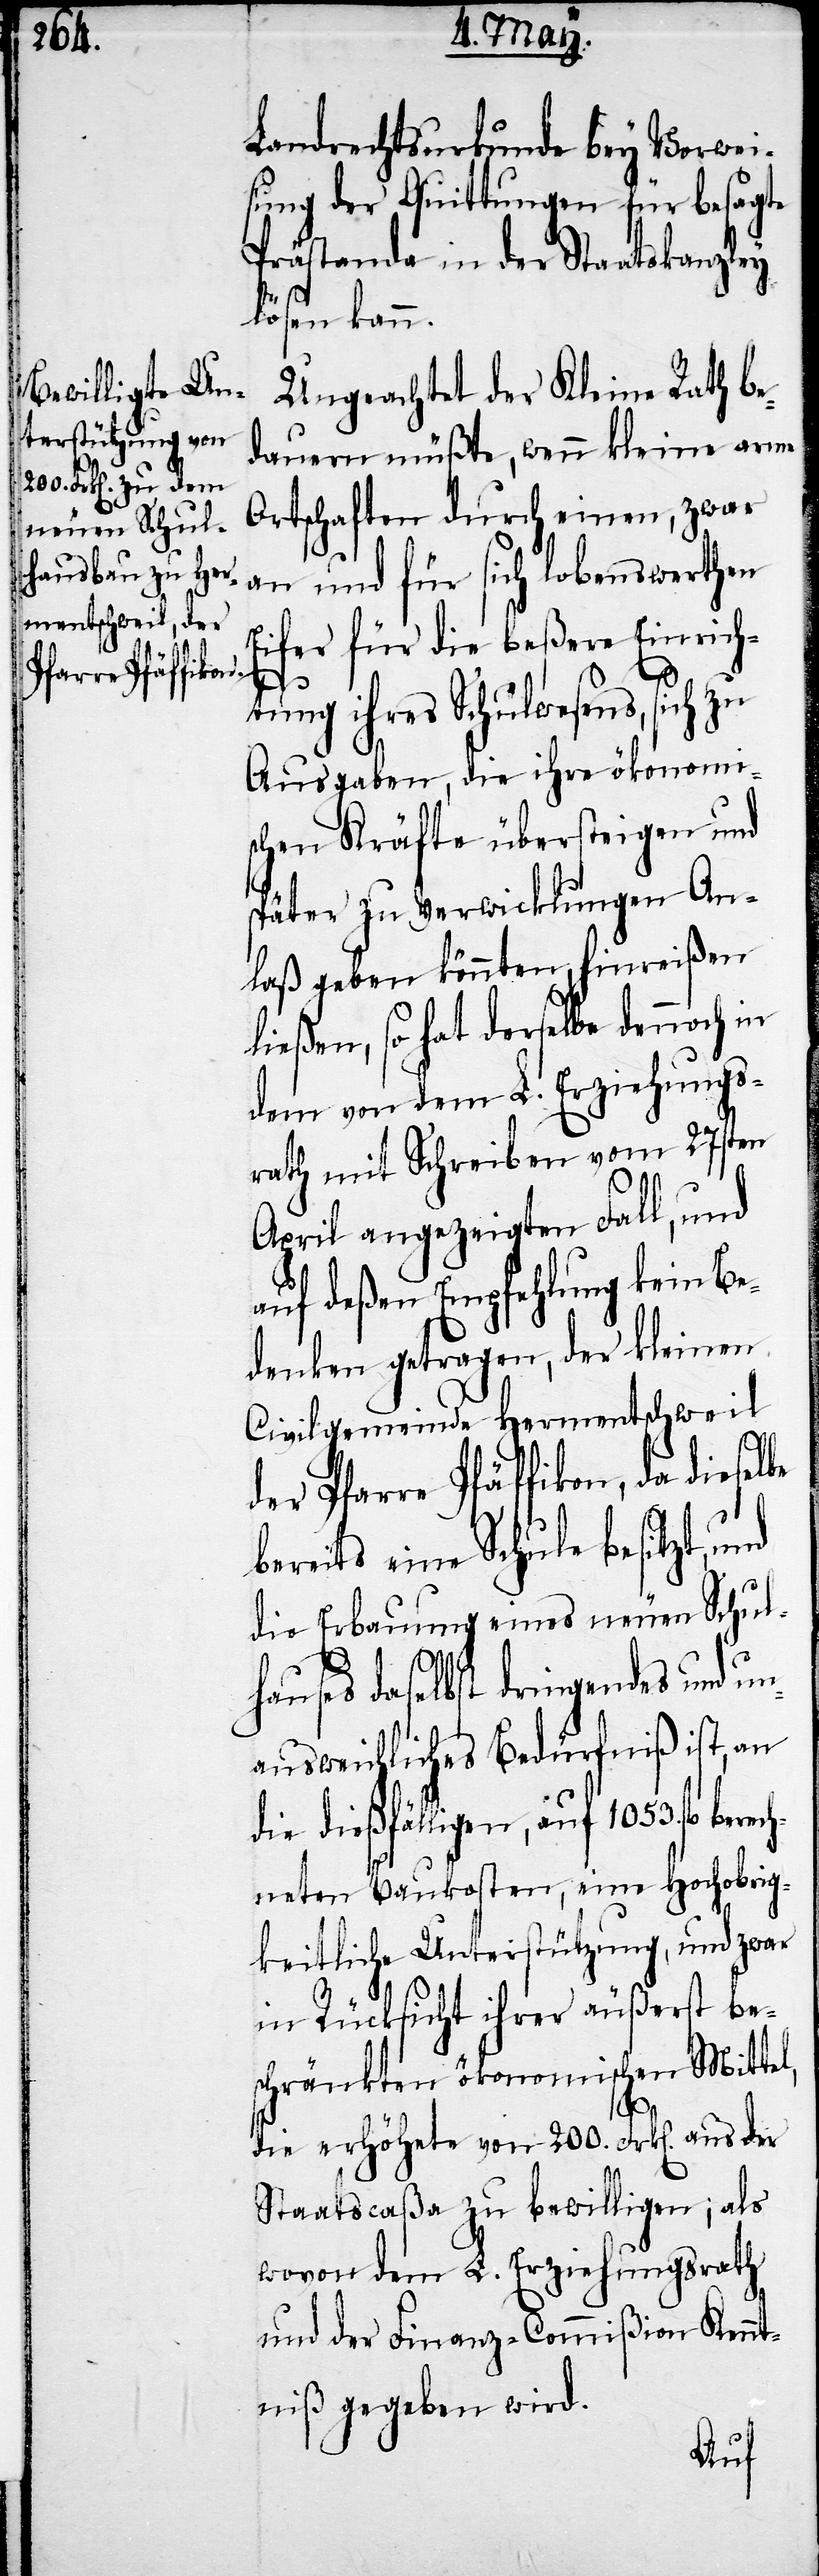
Landrechtsurkunde bey Vorwei¬
sung der Quittungen für besagte
Prästanda in der Staatskanzley
lösen kann.
Ungeachtet der Kleine Rath be¬
dauern müßte, wenn kleine arme
Ortschaften durch einen, zwar
an und für sich lobenswerthen
Eifer für die beßere Einsich¬
tung ihres Schulwesens, sich zu
Ausgaben, die ihre ökonomi¬
schen Kräfte übersteigen und
später zu Verwicklungen An¬
laß geben könnten, hinreißen
ließen, so hat derselbe dennoch in
dem von dem L. Erziehungs¬
rath mit Schreiben vom 27sten
April angezeigten Fall, und
auf deßen Empfehlung kein Be¬
denken getragen, der kleinen
Civilgemeinde Hermentschweil
der Pfarre Pfäffikon, da diesel¬
bereits eine Schule besitzt, und
die Erbauung eines neuen Schul¬
hauses daselbst dringendes und un¬
ausweichliches Bedürfniß ist, an
die dießfälligen, auf 1053. fl. berec¬
hneten Baukosten, eine Hochobrig¬
keitliche Unterstützung, und zwar
in Rücksicht ihrer äußerst be¬
schränkten ökonomischen Mittel,
be
die erhöhete von 200. Frk[en]. aus der
Staatscaßa zu bewilligen; als
wovon dem L. Erziehungsrath
und der Finanz-Commißion Kennt¬
niß gegeben wird.